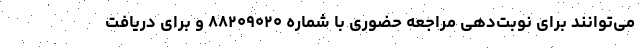
می‌توانند برای نوبت‌دهی مراجعه حضوری با شماره ۸۸۲۰۹۰۲۰ و برای دریافت